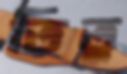
তিতু